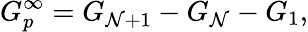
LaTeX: G_{p}^{\infty}=G_{\mathcal{N}+1}-G_{\mathcal{N}}-G_{1},